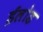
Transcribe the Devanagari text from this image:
ईलोड